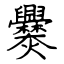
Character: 爨